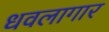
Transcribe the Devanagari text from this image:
धवलागार